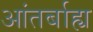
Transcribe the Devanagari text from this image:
आंतर्बाह्य